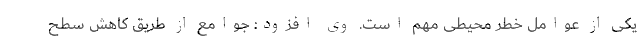
یکی از عوامل خطر محیطی مهم است. وی افزود: جوامع از طریق کاهش سطح